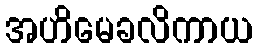
အဟိမေခလိကာယ